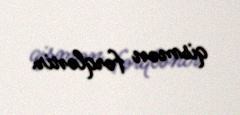
qismən fərqlənir.